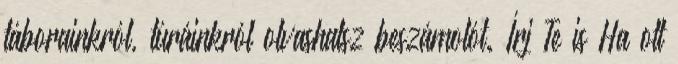
táborainkról, túráinkról olvashatsz beszámolót. Írj Te is Ha ott